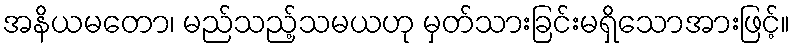
အနိယမတော၊ မည်သည့်သမယဟု မှတ်သားခြင်းမရှိသောအားဖြင့်။